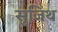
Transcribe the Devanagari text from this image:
सुजिथ